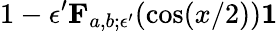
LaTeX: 1-\epsilon^{\prime}\le F_{a,b;\epsilon^{\prime}}(\cos(x/2))\le 1